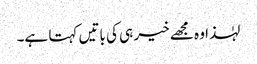
لہٰذا وہ مجھے خیر ہی کی باتیں کہتا ہے۔